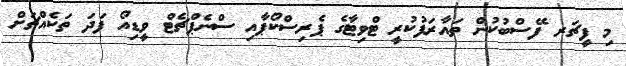
މި ފީޗަރ ފޭސްބުކުން ތައާރަފުކުރީ ޓްވިޓާގެ ޕެރިސްކޯޕާއި ސްނެޕްޗެޓް ވީޑިއޯ ފަދަ ތަކެއްޗަށް